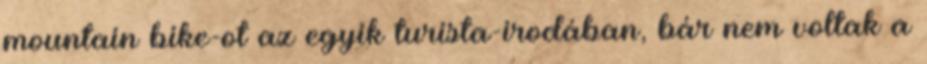
mountain bike-ot az egyik turista-irodában, bár nem voltak a